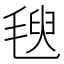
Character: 𣯁